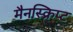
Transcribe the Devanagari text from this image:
मैनस्क्रिप्ट